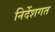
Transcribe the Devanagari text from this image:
निर्देशगत